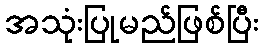
အသုံးပြုမည်ဖြစ်ပြီး